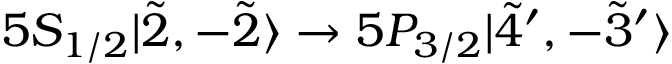
5 S _ { 1 / 2 } | \Tilde { 2 } , - \Tilde { 2 } \rangle \rightarrow 5 P _ { 3 / 2 } | \Tilde { 4 } ^ { \prime } , - \Tilde { 3 } ^ { \prime } \rangle